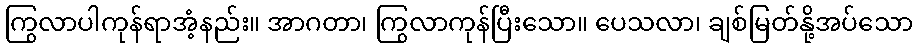
ကြွလာပါကုန်ရာအံ့နည်း။ အာဂတာ၊ ကြွလာကုန်ပြီးသော။ ပေသလာ၊ ချစ်မြတ်နို့အပ်သော